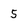
Character: 5